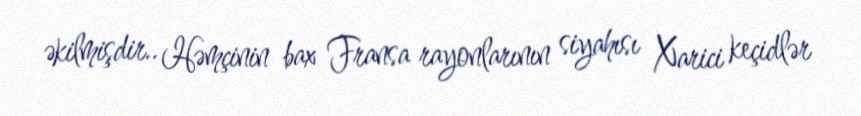
əkilmişdir.. Həmçinin bax Fransa rayonlarının siyahısı Xarici keçidlər